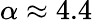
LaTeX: \alpha\approx 4.4